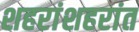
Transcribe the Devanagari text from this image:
शहरांशहरांत